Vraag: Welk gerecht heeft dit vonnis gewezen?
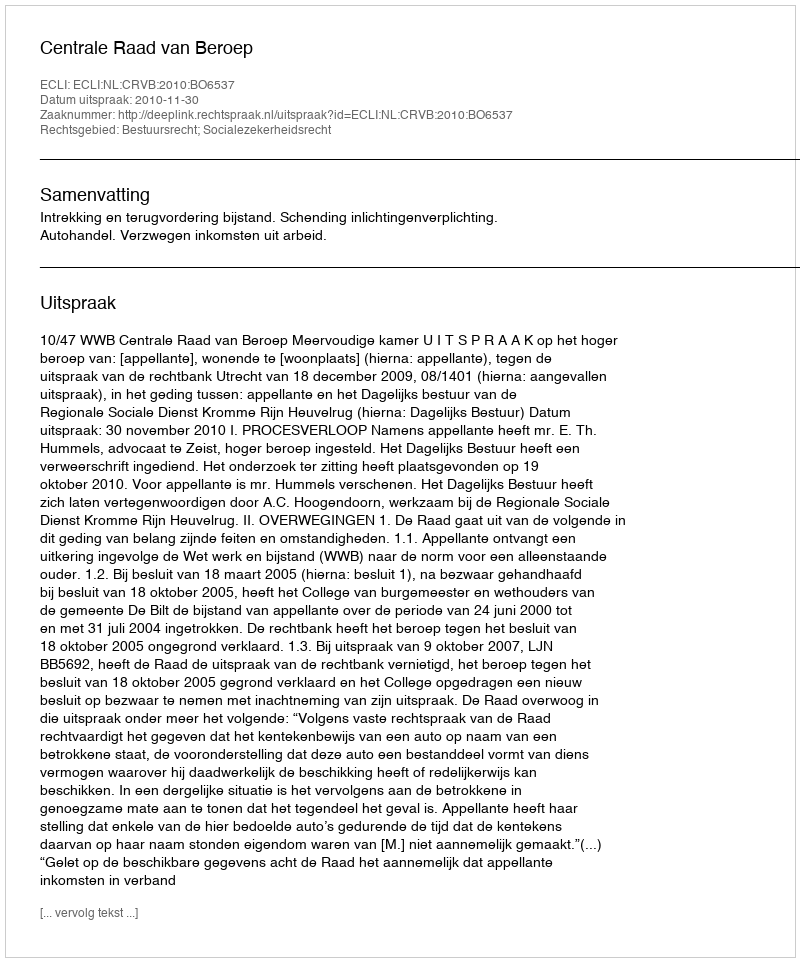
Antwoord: Centrale Raad van Beroep